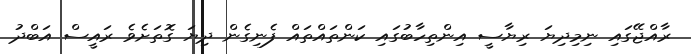
ރާއްޖޭގައި ނިމިދިޔަ ރިޔާސީ އިންތިހާބުގައި ކަންތައްތައް ފެނިގެން ދިޔަ ގޮތަށެވެ ރައީސް އަބްދު